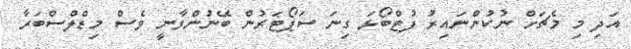
އަދި މި މެޗަށް ނުކުންނައިރު ފުޓްބޯޅަ ގިނަ ސަޕޯޓަރުން ބޭނުންވާނީ ވެސް މިޑްލްސްބަރާ